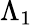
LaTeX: \Lambda_{1}